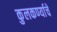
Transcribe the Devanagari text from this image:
कुलकर्ण्याचे